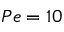
P e = 1 0